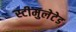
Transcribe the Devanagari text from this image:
स्टीमुलेटेड